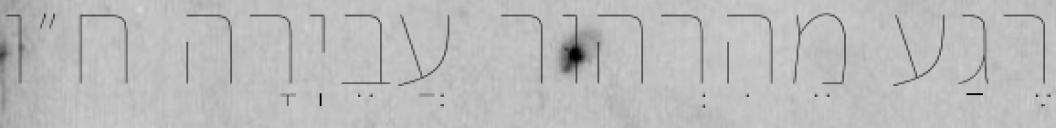
רֶגַע מֵהִרְהוּר עֲבֵיֽרָה ח״ו